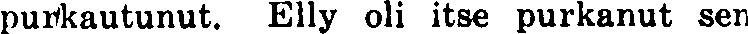
purkautunut. Elly oli itse purkanut sen